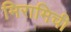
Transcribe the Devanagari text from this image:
मिरामिची